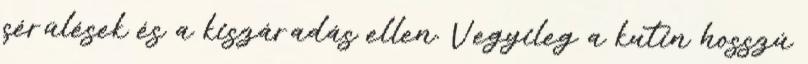
sérülések és a kiszáradás ellen. Vegyileg a kutin hosszú